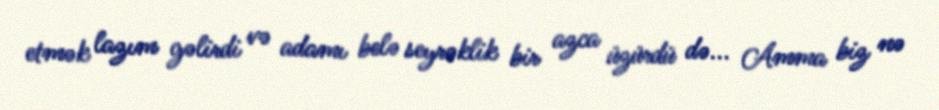
etmək lazım gəlirdi və adamı belə seyrəklik bir azca üzürdü də... Amma biz nə